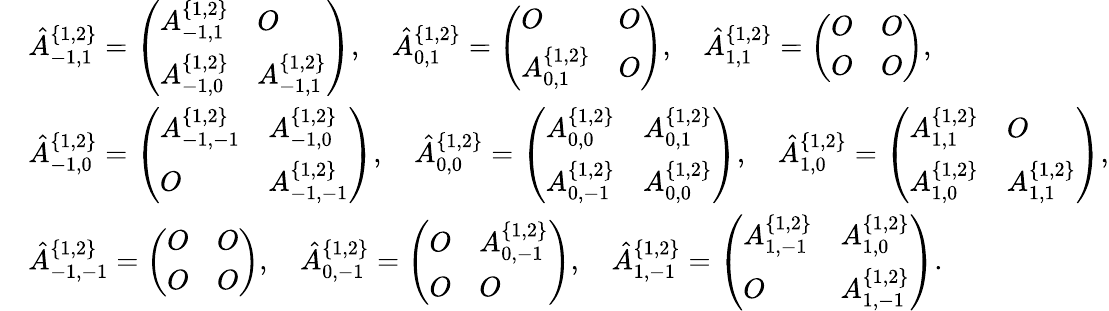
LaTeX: \begin{array}{rl}&{\hat{A}_{-1,1}^{\{ 1,2\} }=\left(\begin{array}{ll}{A_{-1,1}^{\{ 1,2\} }}&{O}\\ {A_{-1,0}^{\{ 1,2\} }}&{A_{-1,1}^{\{ 1,2\} }}\end{array}\right),\quad\hat{A}_{0,1}^{\{ 1,2\} }=\left(\begin{array}{ll}{O}&{O}\\ {A_{0,1}^{\{ 1,2\} }}&{O}\end{array}\right),\quad\hat{A}_{1,1}^{\{ 1,2\} }=\left(\begin{array}{ll}{O}&{O}\\ {O}&{O}\end{array}\right),}\\ &{\hat{A}_{-1,0}^{\{ 1,2\} }=\left(\begin{array}{ll}{A_{-1,-1}^{\{ 1,2\} }}&{A_{-1,0}^{\{ 1,2\} }}\\ {O}&{A_{-1,-1}^{\{ 1,2\} }}\end{array}\right),\quad\hat{A}_{0,0}^{\{ 1,2\} }=\left(\begin{array}{ll}{A_{0,0}^{\{ 1,2\} }}&{A_{0,1}^{\{ 1,2\} }}\\ {A_{0,-1}^{\{ 1,2\} }}&{A_{0,0}^{\{ 1,2\} }}\end{array}\right),\quad\hat{A}_{1,0}^{\{ 1,2\} }=\left(\begin{array}{ll}{A_{1,1}^{\{ 1,2\} }}&{O}\\ {A_{1,0}^{\{ 1,2\} }}&{A_{1,1}^{\{ 1,2\} }}\end{array}\right),}\\ &{\hat{A}_{-1,-1}^{\{ 1,2\} }=\left(\begin{array}{ll}{O}&{O}\\ {O}&{O}\end{array}\right),\quad\hat{A}_{0,-1}^{\{ 1,2\} }=\left(\begin{array}{ll}{O}&{A_{0,-1}^{\{ 1,2\} }}\\ {O}&{O}\end{array}\right),\quad\hat{A}_{1,-1}^{\{ 1,2\} }=\left(\begin{array}{ll}{A_{1,-1}^{\{ 1,2\} }}&{A_{1,0}^{\{ 1,2\} }}\\ {O}&{A_{1,-1}^{\{ 1,2\} }}\end{array}\right).}\end{array}